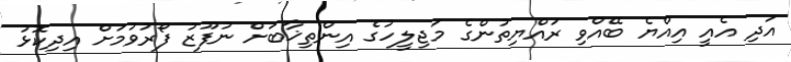
އަދި އެއީ އިއްޔެ ބޭއްވި ރައްޔިތުންގެ މަޖިލީހުގެ އިންތިޚާބަށް ނުފޫޒު ފޯރުވުމަށް އިދިކޮޅު